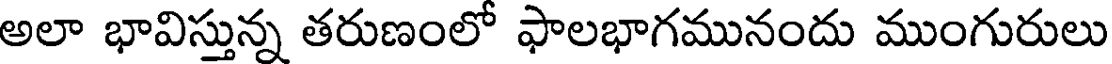
అలా భావిస్తున్న తరుణంలో ఫాలభాగమునందు ముంగురులు